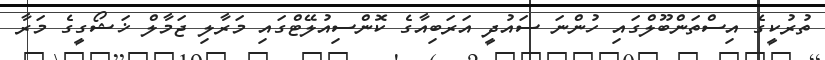
ތުރުކީގެ އިސްތަންބޫލްގައި ހުންނަ ސައުދީ އަރަބިއާގެ ކޮންސިއުލޭޓްގައި މަރާލި ޖަމާލް ޚަޝޯގީގެ މަރާ